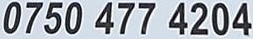
0750 477 4204